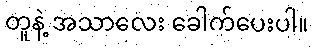
တူနဲ့ အသာလေး ခေါက်ပေးပါ။